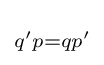
\scriptstyle {q'p=qp'\,}\!